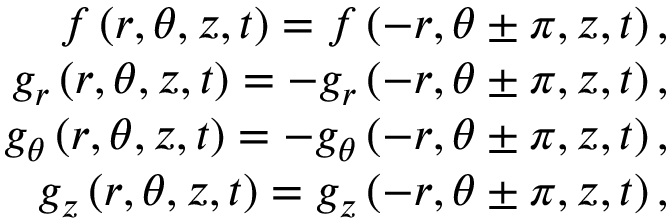
\begin{array} { r } { f \left( r , \theta , z , t \right) = f \left( - r , \theta \pm \pi , z , t \right) , } \\ { g _ { r } \left( r , \theta , z , t \right) = - g _ { r } \left( - r , \theta \pm \pi , z , t \right) , } \\ { g _ { \theta } \left( r , \theta , z , t \right) = - g _ { \theta } \left( - r , \theta \pm \pi , z , t \right) , } \\ { g _ { z } \left( r , \theta , z , t \right) = g _ { z } \left( - r , \theta \pm \pi , z , t \right) , } \end{array}